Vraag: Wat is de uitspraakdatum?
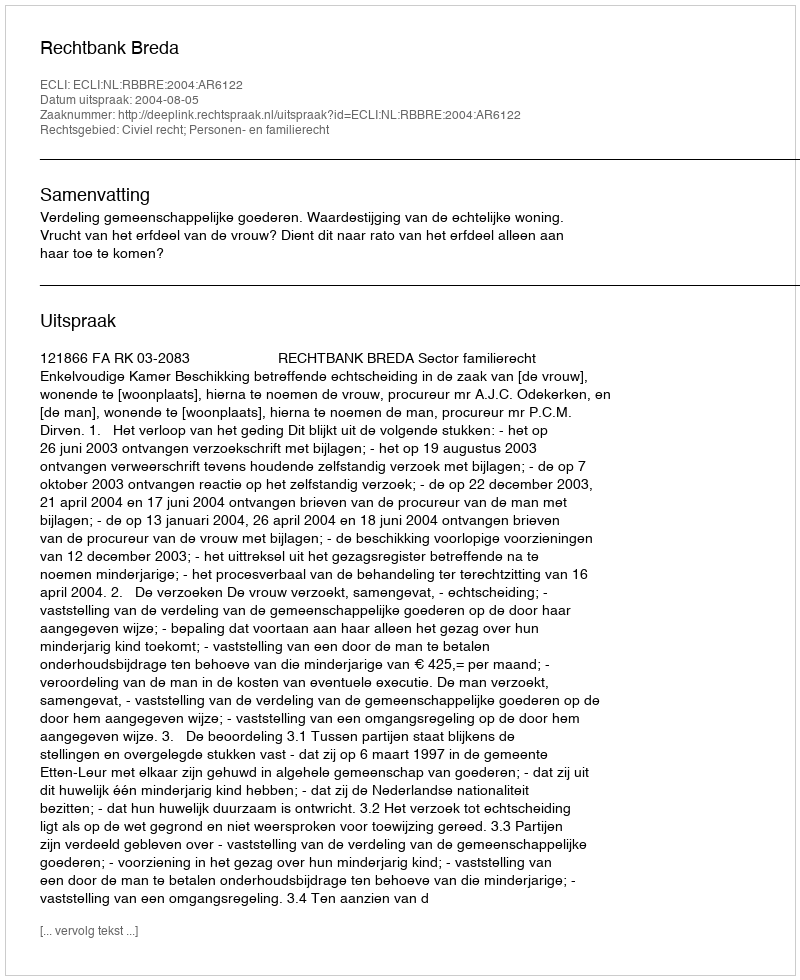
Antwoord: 2004-08-05